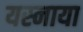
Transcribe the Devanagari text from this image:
यस्नाया